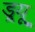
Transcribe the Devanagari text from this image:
ड्र्यू